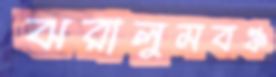
ঝরালুমবঞ্চ